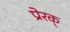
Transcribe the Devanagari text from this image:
प्रेरक्